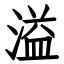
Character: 溢